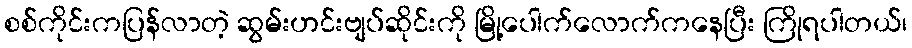
စစ်ကိုင်းကပြန်လာတဲ့ ဆွမ်းဟင်းဗျပ်ဆိုင်းကို မြို့ပေါက်လောက်ကနေပြီး ကြိုရပါတယ်၊